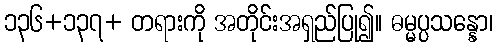
၁၃၆+၁၃၇+ တရားကို အတိုင်းအရှည်ပြု၍။ ဓမ္မပ္ပသန္နော၊